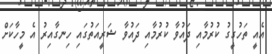
އެއީ ތަހުގީގު ކުރުމާއި ދައުވާ ކުރުމާއި ދައުވާ ޝަރީއަތުގައި ހިނގާއިރު އެ މީހާކަށް